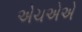
એચએએ